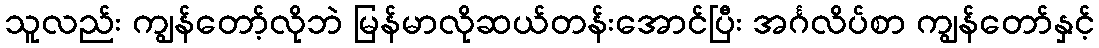
သူလည်း ကျွန်တော့်လိုဘဲ မြန်မာလိုဆယ်တန်းအောင်ပြီး အင်္ဂလိပ်စာ ကျွန်တော်နှင့်